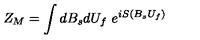
Z _ { M } = \int d B _ { s } d U _ { f } \ e ^ { i S \left( B _ { s } U _ { f } \right) }